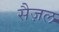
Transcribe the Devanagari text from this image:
सैज़ल